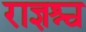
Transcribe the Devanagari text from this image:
राज्ञश्च